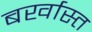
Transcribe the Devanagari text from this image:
बर्खास्त